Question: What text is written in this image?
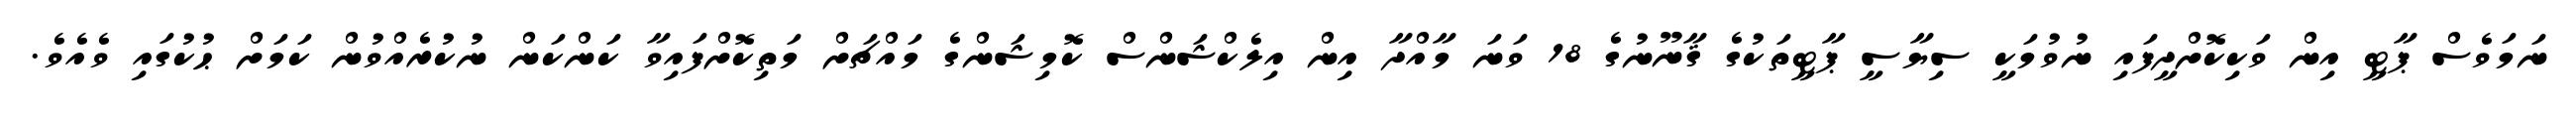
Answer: ނަމަވެސް ޕާޓީ އިން ވަކިކޮށްދީފައި ނުވުމަކީ ސިޔާސީ ޕާޓީތަކުގެ ޤާނޫނުގެ 18 ވަނަ މާއްދާ އިން އިލެކްޝަންސް ކޮމިޝަންގެ މައްޗަށް މަތިކޮށްފައިވާ ކަންކަން ނުކުރެއްވުން ކަމަށް ޙުކުގައި ވެއެވެ.